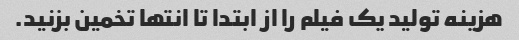
هزینه تولید یک فیلم را از ابتدا تا انتها تخمین بزنید.